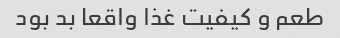
طعم و کیفیت غذا واقعا بد بود